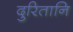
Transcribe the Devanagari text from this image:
दुरितानि